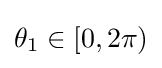
\theta _{1}\in [0,2\pi )